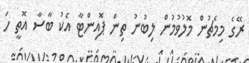
ރޭގެ މިމެޗުން މޮލުވުމުން ލިބުނު ތިން ޕޮއިންޓާ އެކު ބާސާ އޮތީ ހަ